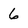
Character: 6